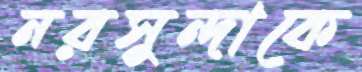
নরসুন্দাকে